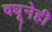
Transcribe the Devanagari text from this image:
वधूनेही